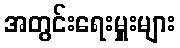
အတွင်းရေးမှူးများ